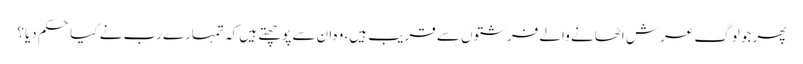
پھر جو لوگ عرش اٹھانے والے فرشتوں سے قریب ہیں، وہ ان سے پوچھتے ہیں کہ تمہارے رب نے کیا حکم دیا؟